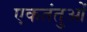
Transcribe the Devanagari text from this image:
एकतंतुओं